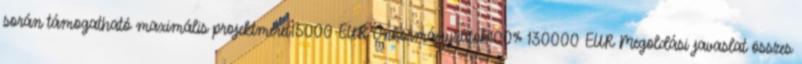
során támogatható maximális projektméret15000 EUR▪Önkormányzatok100% 130000 EUR▪Megoldási javaslat összes